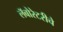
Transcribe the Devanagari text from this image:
लॅबोरेटरीचे